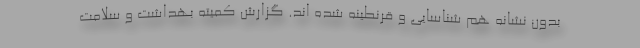
بدون نشانه هم شناسایی و قرنطینه شده اند. گزارش کمیته بهداشت و سلامت